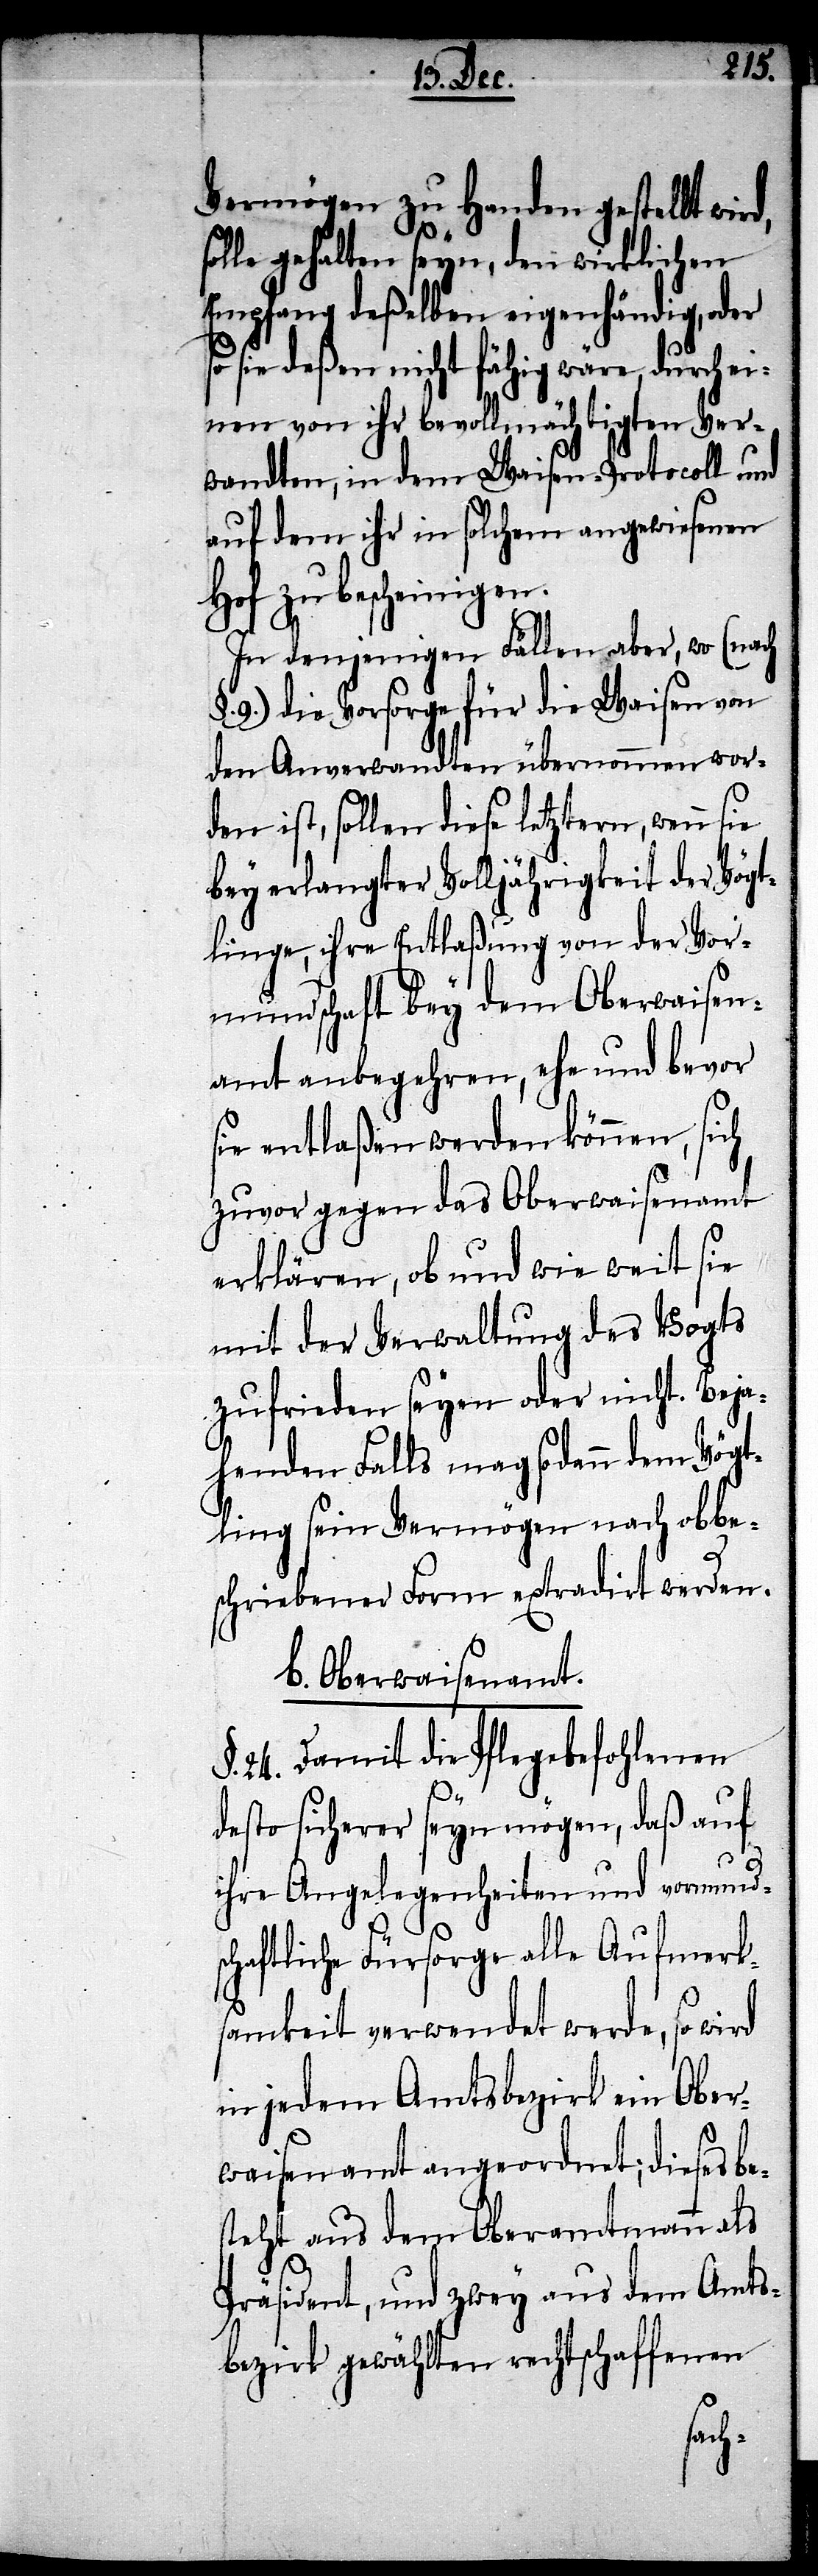
Vermögen zu Handen gestellt wir¬
solle gehalten seyn, den wirklichen
Empfang deßelben eigenhändig, oder
so sie deßen nicht fähig wäre, durch ei¬
nen von ihr bevollmächtigten Ver¬
wandten, in dem Waisen-Protocoll und
auf dem ihr in solchem angewiesenen
Hof zu bescheinigen.
In denjenigen Fällen aber, wo (nach
§. 9.) die Vorsorge für die Waisen von
den Anverwandten übernommen wer¬
den ist, sollen dies letztern, wenn sie
bey erlangter Volljährigkeit der Vögt¬
linge, ihre Entlaßung von der Vor¬
mundschaft bey dem Oberwaisen¬
amt anbegehren, ehe und bevor
sie entlaßen werden können, sich
zuvor gegen das Oberwaisenamt
erklären, ob und wie weit sie
mit der Verwaltung des Vogts
zufrieden seyen oder nicht. Beja¬
henden Falls mag sodann dem Vögt¬
ling sein Vermögen nach obbe¬
schriebener Form extradirt werden.
b. Oberwaisenamt.
§. 24. Damit die Pflegebefohlenen
d,
desto sicherer seyn mögen, daß auf
ihre Angelegenheiten und vormund¬
aftliche Fürsorge alle Aufmerk¬
samkeit verwendet werde, so wird
in jedem Amtsbezirk ein Ober¬
waisenamt angeordnet; dieses be¬
steht aus dem Oberamtmann als
Präsident, und zwey aus dem Amts¬
bezirk gewählten rechtschaffenen
sch¬